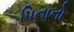
પિનાનો